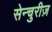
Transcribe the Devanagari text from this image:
सेन्चुरीज़